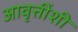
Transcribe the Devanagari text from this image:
आवृत्तींशी